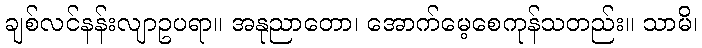
ချစ်လင်နန်းလျာဥပရာ။ အနုညာတော၊ အောက်မေ့စေကုန်သတည်း။ သာမိ၊